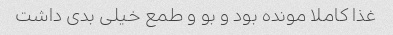
غذا کاملا مونده بود و بو‌ و طمع خیلی بدی داشت